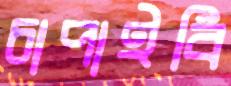
চাপাইবি